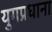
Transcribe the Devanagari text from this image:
युगप्रधाना